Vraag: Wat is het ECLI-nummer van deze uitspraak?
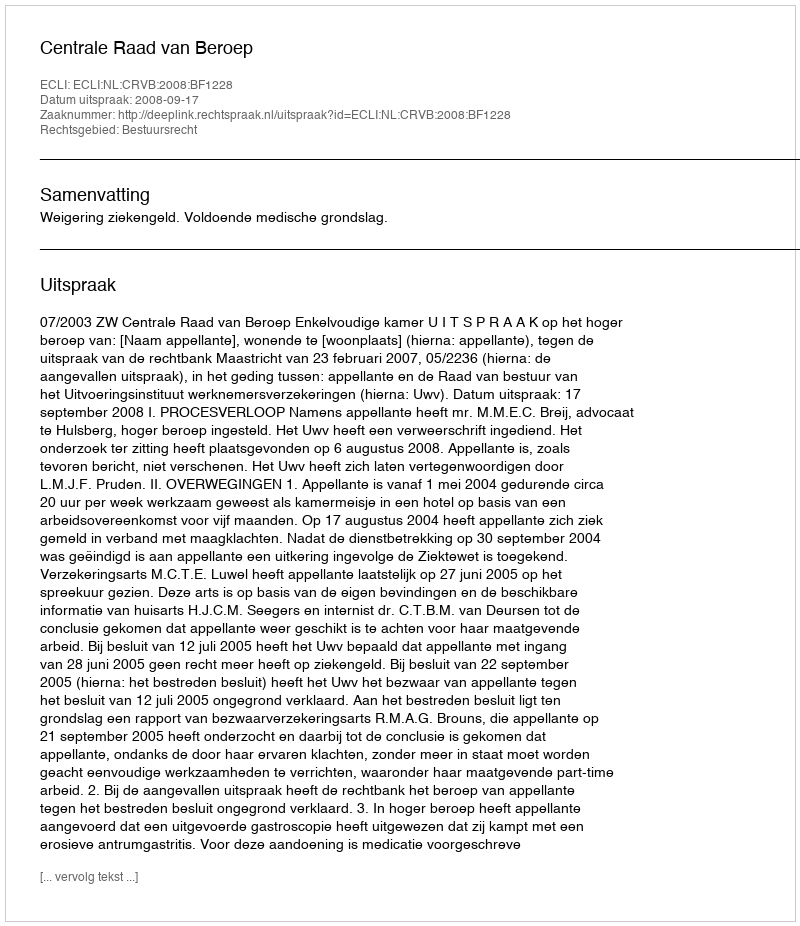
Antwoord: ECLI:NL:CRVB:2008:BF1228